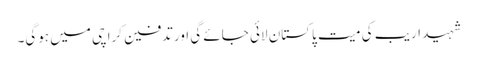
شہید اریب کی میت پاکستان لائی جائے گی اور تدفین کراچی میں ہوگی۔